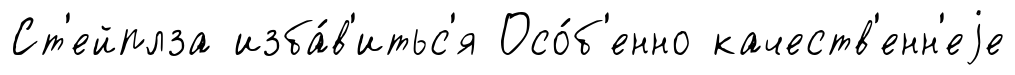
Ст'ейплза изба́в'итьс'я Осо́б'енно качеств'енн'еjе